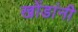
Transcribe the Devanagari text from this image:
खोंडांनी